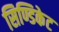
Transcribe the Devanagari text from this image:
सिण्डिकेट